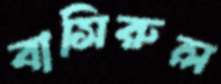
বাসিরুল